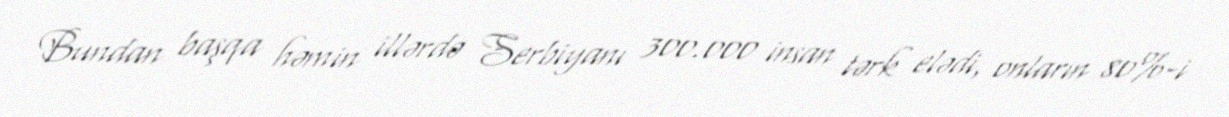
Bundan başqa həmin illərdə Serbiyanı 300.000 insan tərk elədi, onların 80%-i